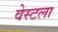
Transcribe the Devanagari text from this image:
वेस्टला